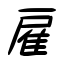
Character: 雇